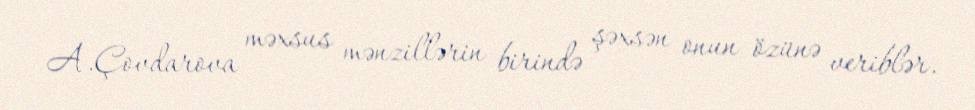
A.Çovdarova məxsus mənzillərin birində şəxsən onun özünə veriblər.